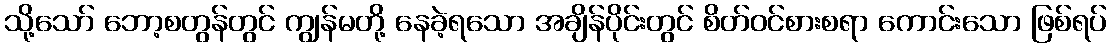
သို့သော် ဘော့စတွန်တွင် ကျွန်မတို့ နေခဲ့ရသော အချိန်ပိုင်းတွင် စိတ်ဝင်စားစရာ ကောင်းသော ဖြစ်ရပ်